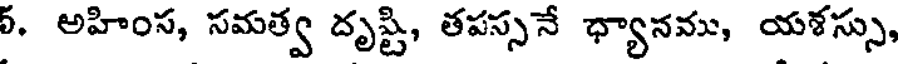
5. అహింస, సమత్వ దృష్టి, తపస్సనే ధ్యానము, యశస్సు,